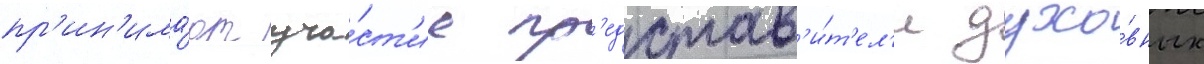
пр'ин'има́ют уча́ст'ие пр'едстав'и́т'ел'и духо́вных